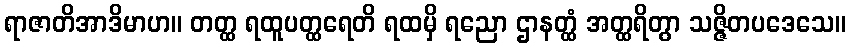
ရာဇာတိအာဒိမာဟ။ တတ္ထ ရထူပတ္ထရေတိ ရထမှိ ရညော ဌာနတ္ထံ အတ္ထရိတွာ သဇ္ဇိတပဒေသေ။